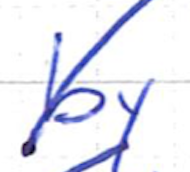
Text: by
Cross-out: diagonal
Writing tool: ballpoint